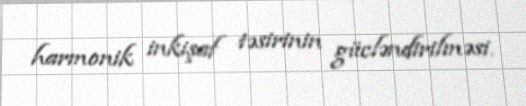
harmonik inkişaf təsirinin gücləndirilməsi.